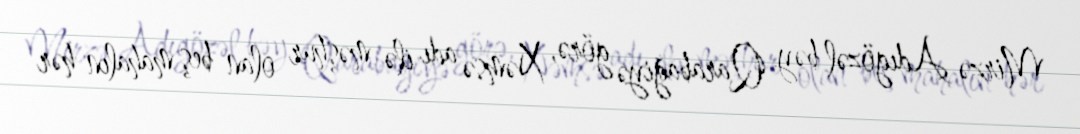
Mirzə Adıgözəl bəy Qarabağiyə görə, Xəmsə adı ilə məşhur olan beş mahalın hər